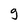
Character: g